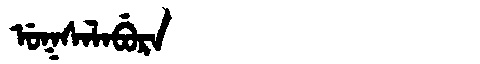
Manchu: ᡠᡴᠰᠠᠯᠠᠪᡠᡵᠠ
Romanization: UKSALABURA